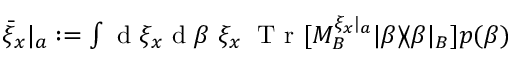
\begin{array} { r } { { \bar { \xi } _ { x } } | _ { a } : = \int \mathrm { ~ d ~ } \xi _ { x } \mathrm { ~ d ~ } \beta \; \xi _ { x } \; \mathrm { ~ T ~ r ~ } [ M _ { B } ^ { { \xi _ { x } } | _ { a } } | \beta \rangle \! \langle \beta | _ { B } ] p ( \beta ) } \end{array}